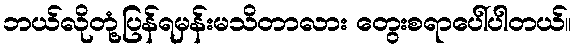
ဘယ်လိုတုံ့ပြန်ရမှန်းမသိတာလား တွေးစရာပေါ်ပါတယ်။